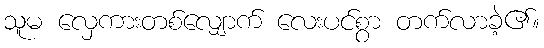
သူမ လှေကားတစ်လျှောက် လေးပင်စွာ တက်လာခဲ့၏။